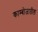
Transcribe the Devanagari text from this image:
काम्बोजातील